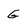
Character: G